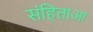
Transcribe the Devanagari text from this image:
संहिताआ